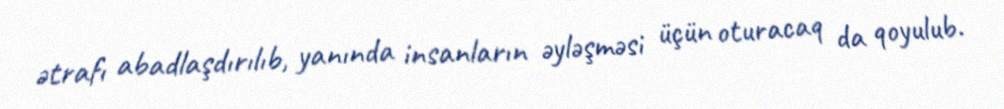
ətrafı abadlaşdırılıb, yanında insanların əyləşməsi üçün oturacaq da qoyulub.